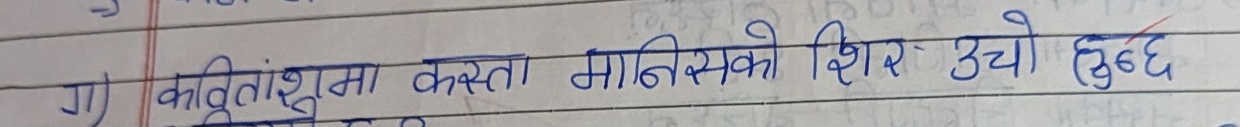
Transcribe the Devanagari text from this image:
गा) कवितांशमा कस्ता मानिसको शिर उच्चो हुन्छ